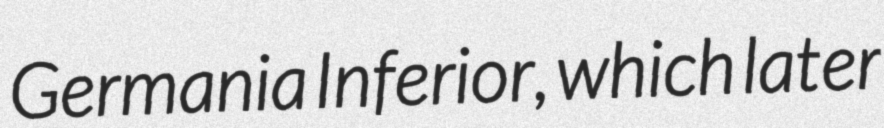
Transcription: Germania Inferior, which later